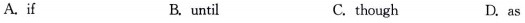
A. if B. until C. though D. as